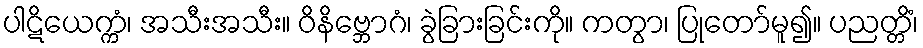
ပါဋိယေက္ကံ၊ အသီးအသီး။ ဝိနိဗ္ဘောဂံ၊ ခွဲခြားခြင်းကို။ ကတွာ၊ ပြုတော်မူ၍။ ပညတ္တိံ၊